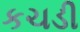
કચડી